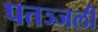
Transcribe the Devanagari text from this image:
पतञ्जली